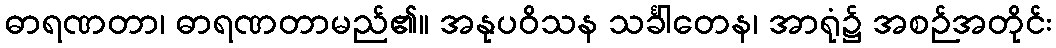
ဓာရဏတာ၊ ဓာရဏတာမည်၏။ အနုပဝိသန သင်္ခါတေန၊ အာရုံ၌ အစဉ်အတိုင်း